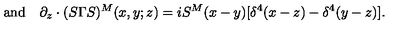
\mathrm { a n d } \quad \partial _ { z } \cdot ( S \Gamma S ) ^ { M } ( x , y ; z ) = i S ^ { M } ( x - y ) [ \delta ^ { 4 } ( x - z ) - \delta ^ { 4 } ( y - z ) ] .